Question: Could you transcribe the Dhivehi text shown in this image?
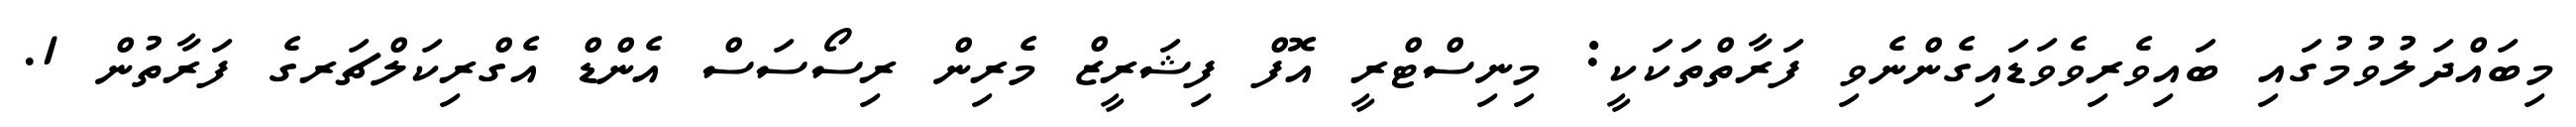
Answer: މިބައްދަލުވުމުގައި ބައިވެރިވެވަޑައިގެންނެވި ފަރާތްތަކަކީ: މިނިސްޓްރީ އޮފް ފިޝަރީޒް މެރިން ރިސޯސަސް އެންޑް އެގްރިކަލްޗަރގެ ފަރާތުން 1.